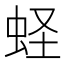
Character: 蛏